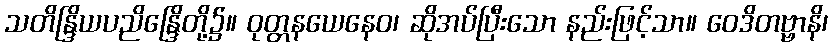
သတိန္ဒြိယပညိန္ဒြေိတို့၌။ ဝုတ္တနယေနေဝ၊ ဆိုအပ်ပြီးသော နည်းဖြင့်သာ။ ဝေဒိတဗ္ဗာနိ၊